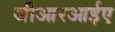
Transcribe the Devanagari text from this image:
जीआरआईए